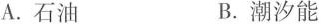
A.石油 B.潮汐能